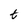
Character: t